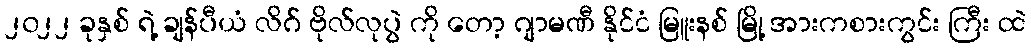
၂၀၂၂ ခုနှစ် ရဲ့ ချန်ပီယံ လိဂ် ဗိုလ်လုပွဲ ကို တော့ ဂျာမဏီ နိုင်ငံ မြူးနစ် မြို့ အားကစားကွင်း ကြီး ထဲ